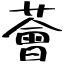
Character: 薈